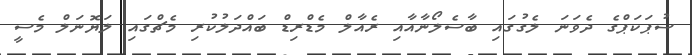
ސުޕަކަޕްގެ ދެވަނަ ލެގުގައި ބާސެލޯނާއާއި ރެއާލް މެޑްރިޑް ބައްދަލުކުރި މެޗްގައި ލަޔޮނަލް މެސީ